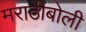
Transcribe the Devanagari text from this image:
मराठीबोली